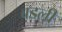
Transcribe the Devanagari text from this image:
बडली